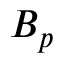
B _ { p }